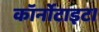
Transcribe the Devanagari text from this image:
कॉर्नोटाइट।